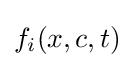
f_{i}(x,c,t)